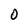
Character: O